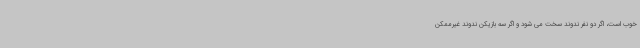
خوب است، اگر دو نفر ندوند سخت می شود و اگر سه بازیکن ندوند غیرممکن